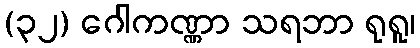
(၃၂) ဂေါကဏ္ဏာ သရဘာ ရုရူ၊